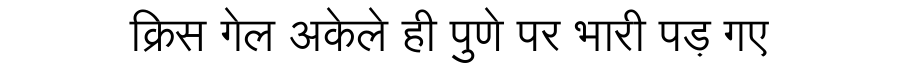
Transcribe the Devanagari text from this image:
क्रिस गेल अकेले ही पुणे पर भारी पड़ गए